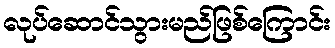
လုပ်ဆောင်သွားမည်ဖြစ်ကြောင်း